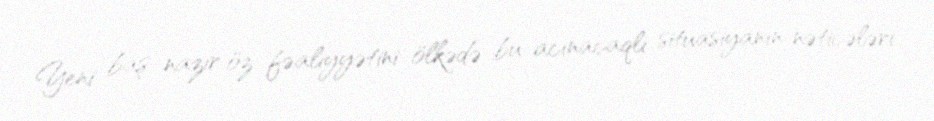
Yeni baş nazir öz fəaliyyətini ölkədə bu acınacaqlı situasiyanın nəticələri